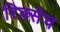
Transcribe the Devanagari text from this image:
रिक्सेच